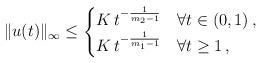
LaTeX: \begin{align*}\Vert u(t)\Vert_{\infty} \leq \begin{cases} K \, t^{-\frac{1}{m_2-1}} & \forall t \in \left(0,1 \right) , \\ K \, t^{-\frac{1}{m_1-1}} & \forall t \ge 1 \, ,\end{cases}\end{align*}